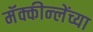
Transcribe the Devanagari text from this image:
मॅक्कीन्लेंच्या